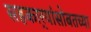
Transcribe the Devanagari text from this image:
सहकार्‍यांसोबतच्या